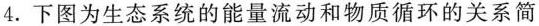
4.下图为生态系统的能量流动和物质循环的关系简